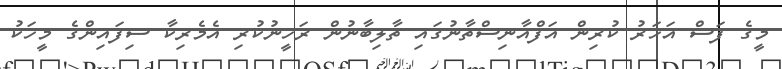
މީގެ ފަސް އަހަރު ކުރިން އަފްޣާނިސްތާނުގައި ތާލިބާނުން ރަހީނުކުރި އެމެރިކާ ސިފައިންގެ މީހަކު